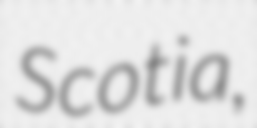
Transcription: Scotia,